Report of the Indian Hemp Drugs Commission, 1894-1895 - Volume V
Year: 1894
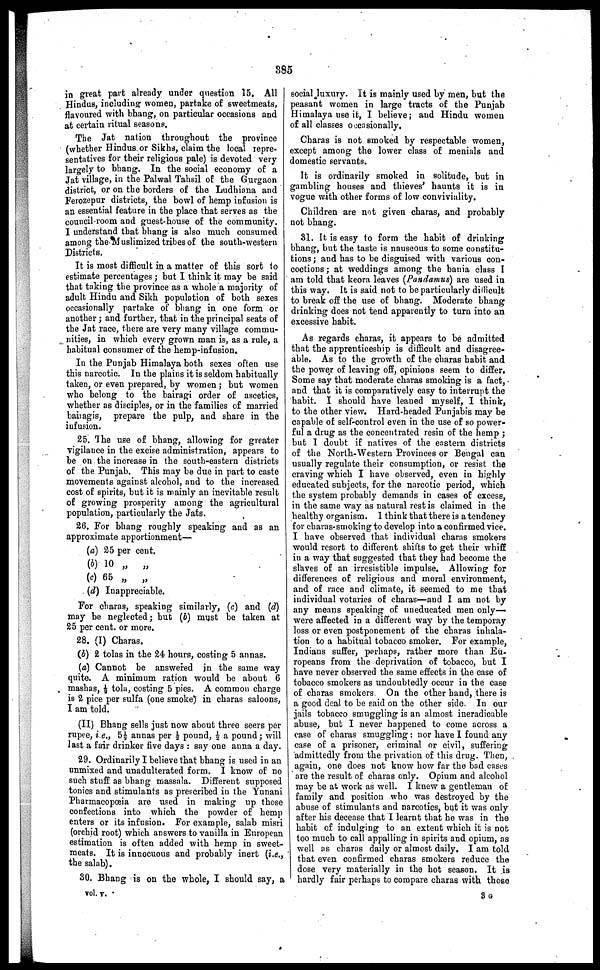
385
in great part already under question 15. All
Hindus, including women, partake of sweetmeats,
flavoured with bhang, on particular occasions and
at certain ritual seasons.
The Jat nation throughout the province
(whether Hindus or Sikhs, claim the local repre-
sentatives for their religious pale) is devoted very
largely to bhang. In the social economy of a
Jat village, in the Palwal Tahsil of the Gurgaon
district, or on the borders of the Ludhiana and
Ferozepur districts, the bowl of hemp infusion is
an essential feature in the place that serves as the
council room and guest house of the community.
I understand that bhang is also much consumed
among the Muslimized tribes of the south-western
Districts.
It is most difficult in a matter of this sort to
estimate percentages; but I think it may be said
that taking the province as a whole a majority of
adult Hindu and Sikh population of both sexes
occasionally partake of bhang in one form or
another; and further, that in the principal seats of
the Jat race, there are very many village commu-
nities, in which every grown man is, as a rule, a
habitual consumer of the hemp-infusion.
In the Punjab Himalaya both sexes often use
this narcotic. In the plains it is seldom habitually
taken, or even prepared, by women; but women
who belong to the bairagi order of ascetics,
whether as disciples, or in the families of married
bairagis, prepare the pulp, and share in the
infusion.
25. The use of bhang, allowing for greater
vigilance in the excise administration, appears to
be on the increase in the south-eastern districts
of the Punjab. This may be due in part to caste
movements against alcohol, and to the increased
cost of spirits, but it is mainly an inevitable result
of growing prosperity among the agricultural
population, particularly the Jats.
26. For bhang roughly speaking and as an
approximate apportionment—
(a)
(b)
(c)
(d)
25 per cent.
10 „ „
65 „ „
Inappreciable.
For charas, speaking similarly, (c) and (d)
may be neglected; but (b) must be taken at
25 per cent. or more.
28. (I) Charas.
(b) 2 tolas in the 24 hours, costing 5 annas.
(a) Cannot be answered in the same way
quite. A minimum ration would be about 6
mashas, ½ tola, costing 5 pies. A common charge
is 2 pice per sulfa (one smoke) in charas saloons,
I am told.
(II) Bhang sells just now about three seers per
rupee, i.e., 5½ annas per ½ pound, ½ a pound; will
last a fair drinker five days: say one anna a day.
29. Ordinarily I believe that bhang is used in an
unmixed and unadulterated form. I know of no
such stuff as bhang massala. Different supposed
tonics and stimulants as prescribed in the Yunani
Pharmacopœia are used in making up those
confections into which the powder of hemp
enters or its infusion. For example, salab misri
(orchid root) which answers to vanilla in European
estimation is often added with hemp in sweet-
meats. It is innocuous and probably inert [i.e.,
the salab).
30. Bhang is on the whole, I should say, a
social luxury. It is mainly used by men, but the
peasant women in large tracts of the Punjab
Himalaya use it, I believe; and Hindu women
of all classes occasionally.
Charas is not smoked by respectable women,
except among the lower class of menials and
domestic servants.
It is ordinarily smoked in solitude, but in
gambling houses and thieves' haunts it is in
vogue with other forms of low conviviality.
Children are not given charas, and probably
not bhang.
31. It is easy to form the habit of drinking
bhang, but the taste is nauseous to some constitu-
tions; and has to be disguised with various con-
coctions; at weddings among the bania class I
am told that keora leaves (Pandamus) are used in
this way. It is said not to be particularly difficult
to break off the use of bhang. Moderate bhang
drinking does not tend apparently to turn into an
excessive habit.
As regards charas, it appears to be admitted
that the apprenticeship is difficult and disagree-
able. As to the growth of the charas habit and
the power of leaving off, opinions seem to differ.
Some say that moderate charas smoking is a fact,
and that it is comparatively easy to interrupt the
habit. I should have leaned myself, I think,
to the other view. Hard headed Punjabis may be
capable of self-control even in the use of so power-
ful a drug as the concentrated resin of the hemp;
but I doubt if natives of the eastern districts
of the North-Western Provinces or Bengal can
usually regulate their consumption, or resist the
craving which I have observed, even in highly
educated subjects, for the narcotic period, which
the system probably demands in cases of excess,
in the same way as natural rest is claimed in the
healthy organism. 1 think that there is a tendency
for charas-smoking to develop into a confirmed vice.
I have observed that individual charas smokers
would resort to different shifts to get their whiff
in a way that suggested that they had become the
slaves of an irresistible impulse. Allowing for
differences of religious and moral environment,
and of race and climate, it seemed to me that
individual votaries of charas—and I am not by
any means speaking of uneducated men only—
were affected in a different way by the temporay
loss or even postponement of the charas inhala-
tion to a habitual tobacco smoker. For example,
Indians suffer, perhaps, rather more than Eu-
ropeans from the deprivation of tobacco, but I
have never observed the same effects in the case of
tobacco smokers as undoubtedly occur in the case
of charas smokers. On the other band, there is
a good deal to be said on the other side. In our
jails tobacco smuggling is an almost ineradicable
abuse, but I never happened to come across a
case of charas smuggling: nor have I found any
case of a prisoner, criminal or civil, suffering
admittedly from the privation of this drug. Then,
again, one does not know how far the bad cases
are the result of charas only. Opium and alcohol
may be at work as well. I knew a gentleman of
family and position who was destroyed by the
abuse of stimulants and narcotics, but it was only
after his decease that I learnt that he was in the
habit of indulging to an extent which it is not
too much to call appalling in spirits and opium, as
well as charas daily or almost daily. I am told
that even confirmed charas smokers reduce the
dose very materially in the hot season. It is
hardly fair perhaps to compare charas with those
vol. v.
3 G